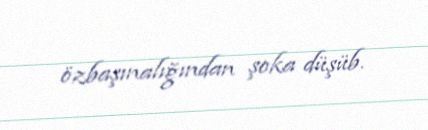
özbaşınalığından şoka düşüb.